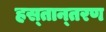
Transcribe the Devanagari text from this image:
हस्‍तान्‍तरण